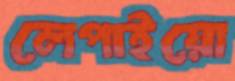
লেপাইয়ো